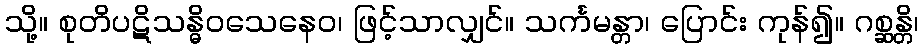
သို့။ စုတိပဋိသန္ဓိဝသေနေဝ၊ ဖြင့်သာလျှင်။ သင်္ကမန္တာ၊ ပြောင်း ကုန်၍။ ဂစ္ဆန္တိ၊